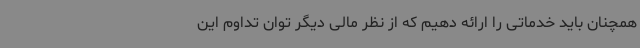
همچنان باید خدماتی را ارائه دهیم که از نظر مالی دیگر توان تداوم این